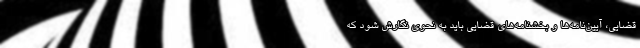
قضایی، آیین‌نامه‌ها و بخشنامه‌های قضایی باید به نحوی نگارش شود که